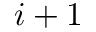
i + 1